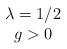
LaTeX: \begin{align*}\begin{array}{c} \lambda = 1/2 \\ g > 0 \end{array}\end{align*}